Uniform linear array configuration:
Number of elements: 48
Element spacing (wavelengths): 0.25
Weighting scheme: hamming
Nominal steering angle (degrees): -60
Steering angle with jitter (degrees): -59.42
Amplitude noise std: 0.05
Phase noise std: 0.05

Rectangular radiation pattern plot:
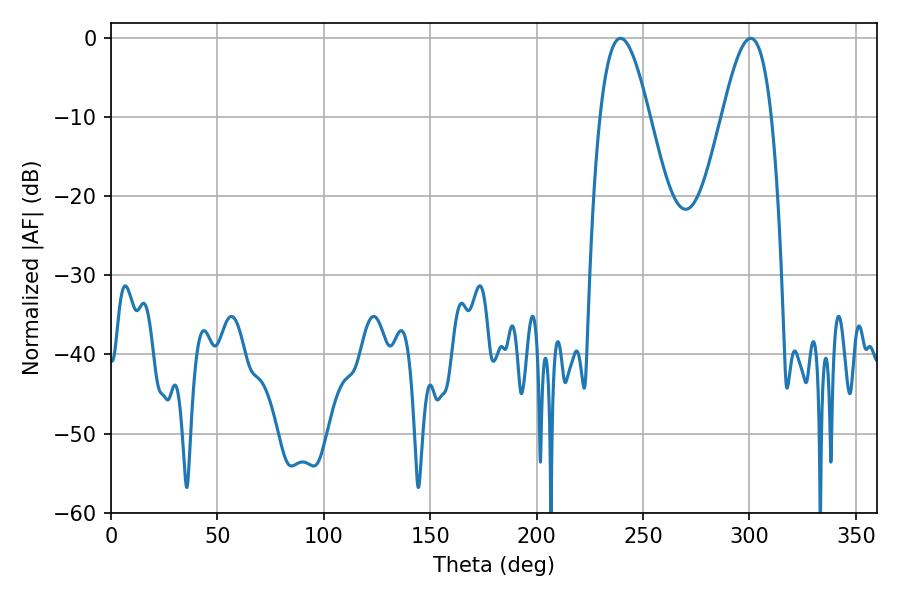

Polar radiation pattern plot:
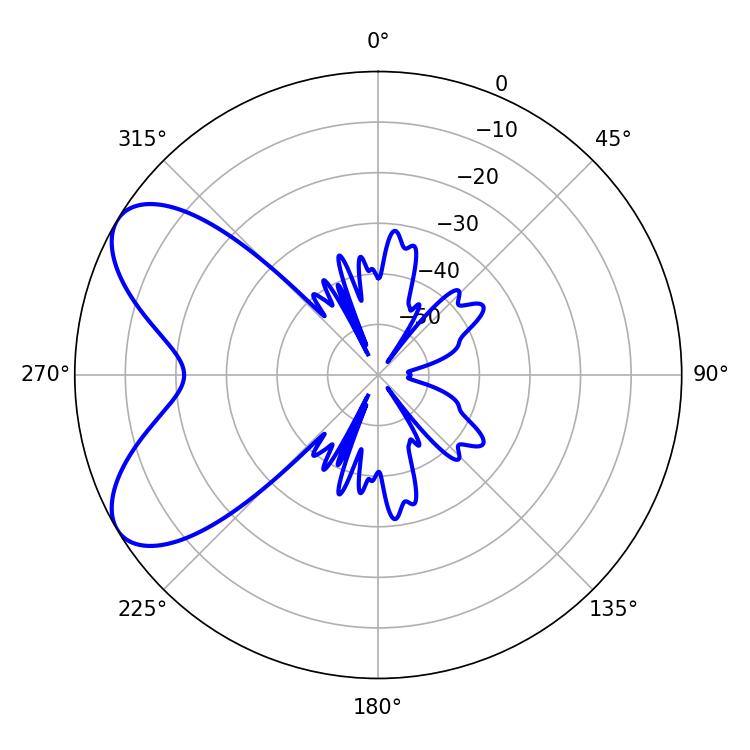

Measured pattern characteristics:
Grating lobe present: FALSE
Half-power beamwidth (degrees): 12.42
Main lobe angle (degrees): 239.4